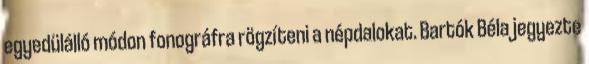
egyedülálló módon fonográfra rögzíteni a népdalokat. Bartók Béla jegyezte